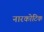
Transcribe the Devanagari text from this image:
नारकोटिक